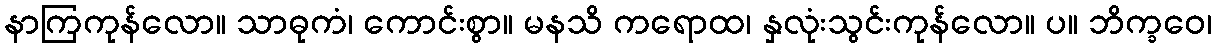
နာကြကုန်လော။ သာဓုကံ၊ ကောင်းစွာ။ မနသိ ကရောထ၊ နှလုံးသွင်းကုန်လော။ ပ။ ဘိက္ခဝေ၊